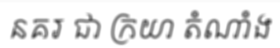
នគរ ជា ក្រយា តំណាំង